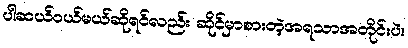
ပါဆယ်ဝယ်မယ်ဆိုရင်လည်း ဆိုင်မှာစားတဲ့အရသာအတိုင်းပဲ။